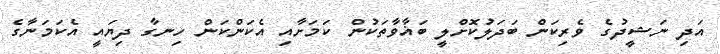
އަދި ނަޝީދުގެ ވެރިކަން ބަދަލުކޮށްލީ ބަޣާވާތަކުން ކަމަށާއި އެކަންކަން ހިނގާ ދިޔައީ އެކަމަނާގެ